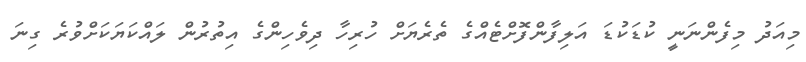
މިއަދު މިފެންނަނީ ކުޑަކުޑަ އަލިފާންފޮށްޓެއްގެ ތެރެޔަށް ހުރިހާ ދިވެހިންގެ އިތުރުން ލައްކަޔަކަށްވުރެ ގިނަ